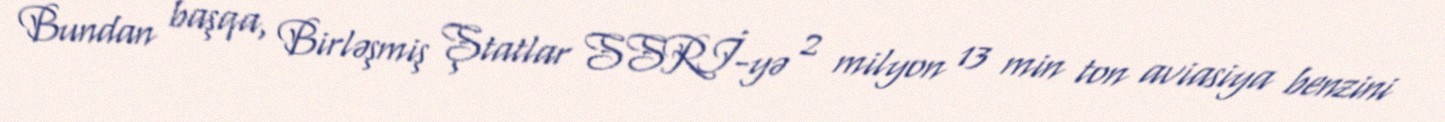
Bundan başqa, Birləşmiş Ştatlar SSRİ-yə 2 milyon 13 min ton aviasiya benzini